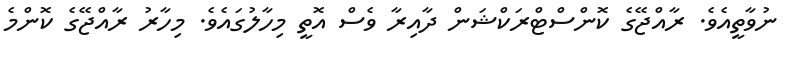
ނުވާތީއެވެ. ރާއްޖޭގެ ކޮންސްޓްރަކްޝަން ދާއިރާ ވެސް އޮތީ މިހާލުގައެވެ. މިހާރު ރާއްޖޭގެ ކޮންމެ